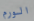
الورم